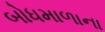
બોધમાળાના